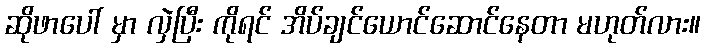
ဆိုဖာပေါ် မှာ လှဲပြီး ကိုရင် အိပ်ချင်ယောင်ဆောင်နေတာ မဟုတ်လား။